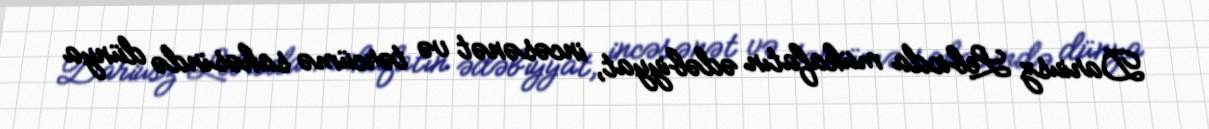
Dariusz Lebioda mükafatın ədəbiyyat, incəsənət və tərcümə sahəsində dünya